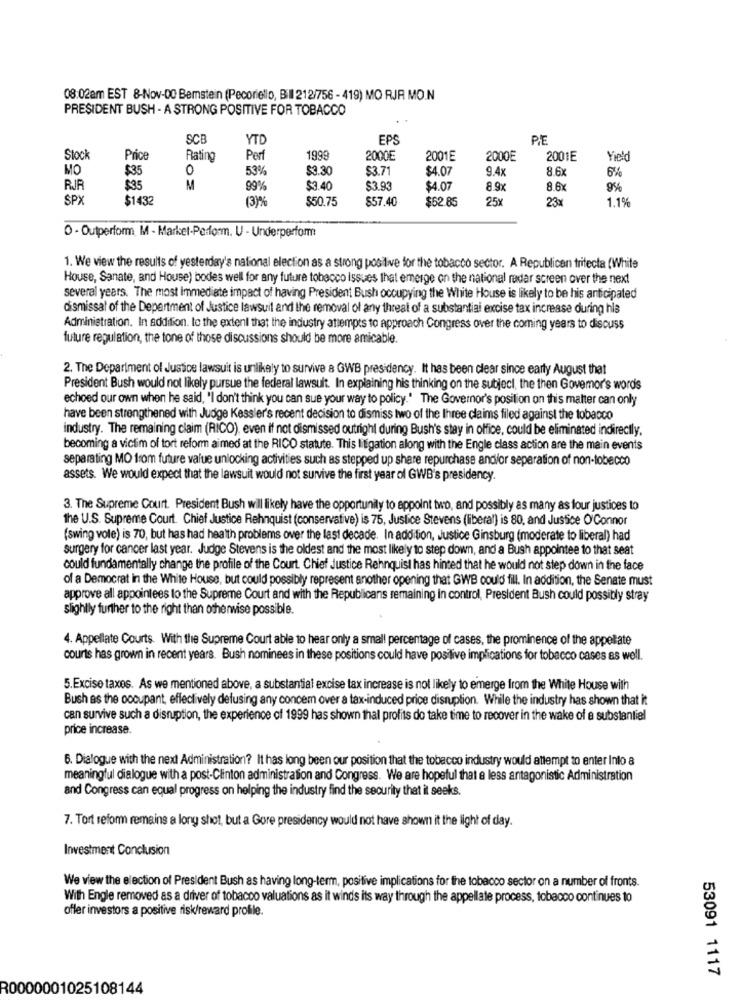
08:02am EST 8-Nov-00 Bemstein (Pecoriello, Bill 212/756 - 419) MO RJR MO.N
PRESIDENT BUSH - A STRONG POSITIVE FOR TOBACCO
SCE
YTD
EPS
P.E
Stock
Price
Rating
Perf
199
2000E
2001E
2000E
2001E
Yield
MO
$35
0
53%
$3.30
$3.71
$4.07
9.4x
8.6
6%
RJR
$35
M
99%
$3.40
$3.93
$4.07
8.9x
8.6x
95%
SPX
$1432
$50.75
$57.40
$62.85
25x
23%
1.1%
O - Outperform M - Market-Perform. U - Underperform
1. We view the results of yesterday's national election as a strong positive for the tobacco sector. A Republicen trifecta (White
House, Sanate, and House) bodes well for any future tobacco Issues that emerge on the national radar screen over the next
several years. The most immediate impact of having President Bush occupying the White House is likely to be his anticipated
dismissal of the Department of Justice lawsuit and the removal of any threat of a substantial excise tax increase during his
Administration. In addition. to the extent that the industry attempts to approach Congress over the coming years to discuss
future regulation, the tone of those discussions should be more amicable.
2. The Department of Justice lawsuit is unlikely to survive a GWB presidency. It has been clear since early August that
President Bush would not likely pursue the federal lawsuit. In explaining his thinking on the subject, the then Govemor's words
echoed our own when he said, "I don't think you can sue your way to policy." The Governor's position on this malter can only
have been strengthened with Judge Kessler's recent decision to dismiss two of the Ihree claims filed against the tobacco
industry. The remaining claim (RICO), even if not dismissed outright during Bush's stay in office, could be eliminated indirectly,
becoming a victim of tort reform aimed at the RICO statute. This litigation along with the Engle class action are the main events
separating MO from future value unlocking activities such as stepped up share repurchase andior separation of non-tobecco
assets. We would expect that the lawsuit would not survive the first year of GWB's presidency.
3. The Supreme Court. President Bush will likely have the opportunity to appoint two, and possibly as many as four justices to
the U.S. Supreme Court. Chief Justice Rehnquist (conservative) is 75, Justice Stevens (liberal) is 80, and Justice O'Connor
(swing vole) is 70, but has had health problems over the last decade. In addition, Justice Ginsburg (moderate to liberal) had
surgery for cancer last year. Judge Stevens is the oldest and the most likely to step down, and a Bush appointee to that seat
could fundamentally change the profile of the Court. Chief Justice Rehnquist has hinted that he would not step down in the face
of a Democrat in the White House, but could possibly represent another opening that GWB could fill. In addition, the Senate must
approve all appointees to the Supreme Court and with the Republicans remaining in control, President Bush could possibly stray
slightly further to the right than orhenvise possible.
4. Appellate Courts. With the Supreme Court able to hear only a small percentage of cases, the prominence of the appellate
courts has grown in recent years. Bush nominees in these positions could have positive implications for tobacco cases as well.
5.Excise taxes. As we mentioned above, a substantial excise tax increase is not likely to emerge from the White House with
Bush as the occupant, effectively defusing any concem over a tax-induced price disruption. While the industry has shown that it
can survive such a disruption, the experience of 1999 has shown thal profits do take time to recover in the wake of a substantial
price increase.
6. Dialogue with the next Administration? It has long been our position that the tobacco industry would attempt to enter Into a
meaningful dialogue with a post-Clinton administration and Congress. We are hopeful that a less antagonistic Administration
and Congress can equal progress on helping the industry find the security that it seeks.
7. Tort reform remains a long shot, but a Gore presidency would not have shown it the light of day.
Investment Conclusion
We view the election of President Bush as having long-term, positive implications for the tobacco sector on a number of fronts.
With Engle removed as a driver of tobacco valuations as it winds its way through the appellate process, tobacco continues to
offer investors a positive risk/reward profile.
53091 1117
R0000001025108144